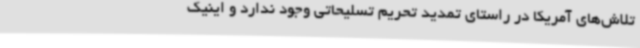
تلاش‌های آمریکا در راستای تمدید تحریم تسلیحاتی وجود ندارد و اینیک